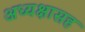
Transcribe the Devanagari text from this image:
अध्यक्षासह